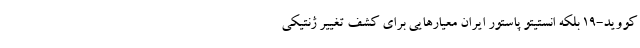
کووید-۱۹ بلکه انستیتو پاستور ایران معیارهایی برای کشف تغییر ژنتیکی